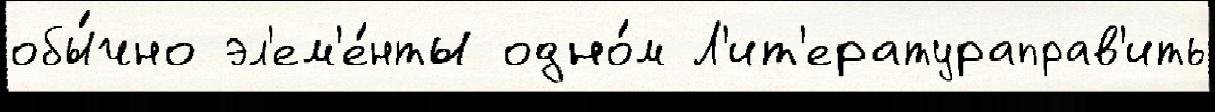
обы́чно эл'ем'е́нты одно́м Л'ит'ератураправ'ить